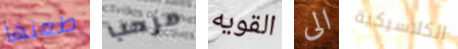
طعنها مرحب القويه الى الكلاسيكية